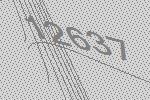
12637